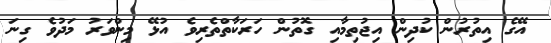
އޭގެ އިތުރުން ކުދިން އިޖުތިމާއި ގޮތުން ހަރަކާތްތެރިވެ އުޅޭ މިންވަރު މަދުވެ ގިނަ